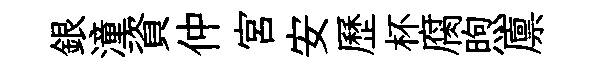
銀潼資仲宮安歷杯腐煦廪